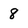
Character: 8